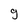
Character: 9